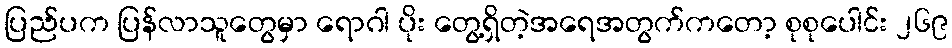
ပြည်ပက ပြန်လာသူတွေမှာ ရောဂါ ပိုး တွေ့ရှိတဲ့အရေအတွက်ကတော့ စုစုပေါင်း ၂၆၉